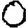
Digit: 0